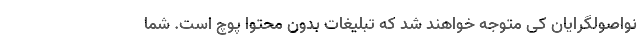
نواصولگرایان كی متوجه خواهند شد كه تبلیغات بدون محتوا پوچ است. شما